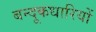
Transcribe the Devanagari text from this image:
बन्दूकधारियों